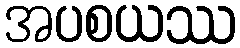
အပစယဿ